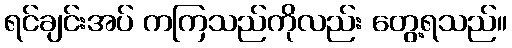
ရင်ချင်းအပ် ကကြသည်ကိုလည်း တွေ့ရသည်။